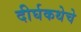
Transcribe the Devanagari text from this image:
दीर्घकथेचे